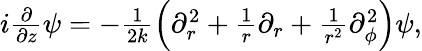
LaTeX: \begin{array}{r}{i\frac{\partial}{\partial z}\psi=-\frac{1}{2k}\left(\partial_{r}^{2}+\frac{1}{r}\partial_{r}+\frac{1}{r^{2}}\partial_{\phi}^{2}\right)\psi,}\end{array}